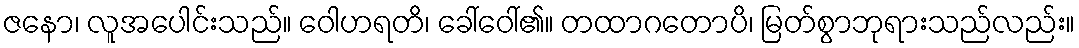
ဇနော၊ လူအပေါင်းသည်။ ဝေါဟရတိ၊ ခေါ်ဝေါ်၏။ တထာဂတောပိ၊ မြတ်စွာဘုရားသည်လည်း။